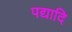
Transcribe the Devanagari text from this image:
पद्यादि